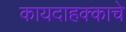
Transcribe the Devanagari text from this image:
कायदाहक्काचे